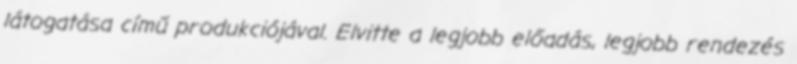
látogatása című produkciójával. Elvitte a legjobb előadás, legjobb rendezés